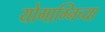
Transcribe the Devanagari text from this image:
योगाग्निच्या